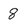
Character: 8